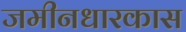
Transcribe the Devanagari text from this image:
जमीनधारकास